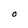
Character: O